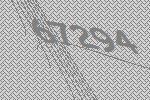
67294